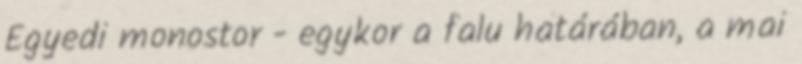
Egyedi monostor - egykor a falu határában, a mai